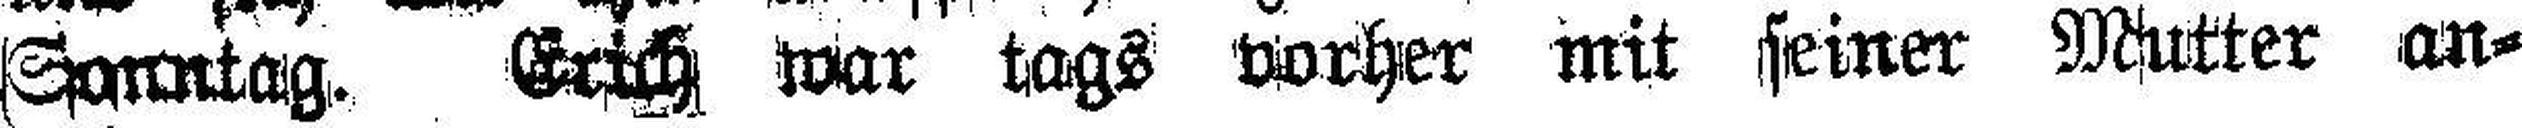
Sonntag. Erich war tags vorher mit seiner Mutter an¬